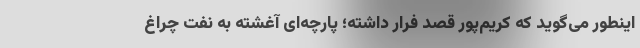
اینطور می‌گوید که کریم‌پور قصد فرار داشته؛ پارچه‌ای آغشته به نفت چراغِ